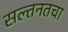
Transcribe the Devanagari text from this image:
सल्तनतचा